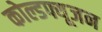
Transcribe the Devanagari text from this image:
कोल्डफ्यूजन